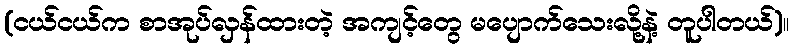
(ငယ်ငယ်က စာအုပ်လှန်ထားတဲ့ အကျင့်တွေ မပျောက်သေးလို့နဲ့ တူပါတယ်)။